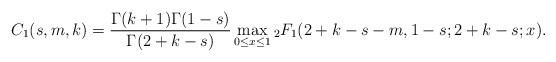
LaTeX: \begin{align*}C_1(s,m,k) = \frac{\Gamma(k+1)\Gamma(1-s)}{\Gamma(2+k-s)} \max_{0 \le x \le 1} {}_2F_1( 2+k-s-m, 1-s; 2+k-s; x).\end{align*}